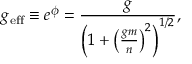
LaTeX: g _ { \mathrm { e f f } } \equiv e ^ { \phi } = \frac { g } { \left( 1 + \left( \frac { g m } { n } \right) ^ { 2 } \right) ^ { 1 / 2 } } ,